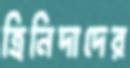
ত্রিনিদাদের